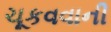
ચૂકવવાની